Sanitation, dispensaries and jails vaccination Rajputana 1922-1927 - 1922-1927
Year: 1922
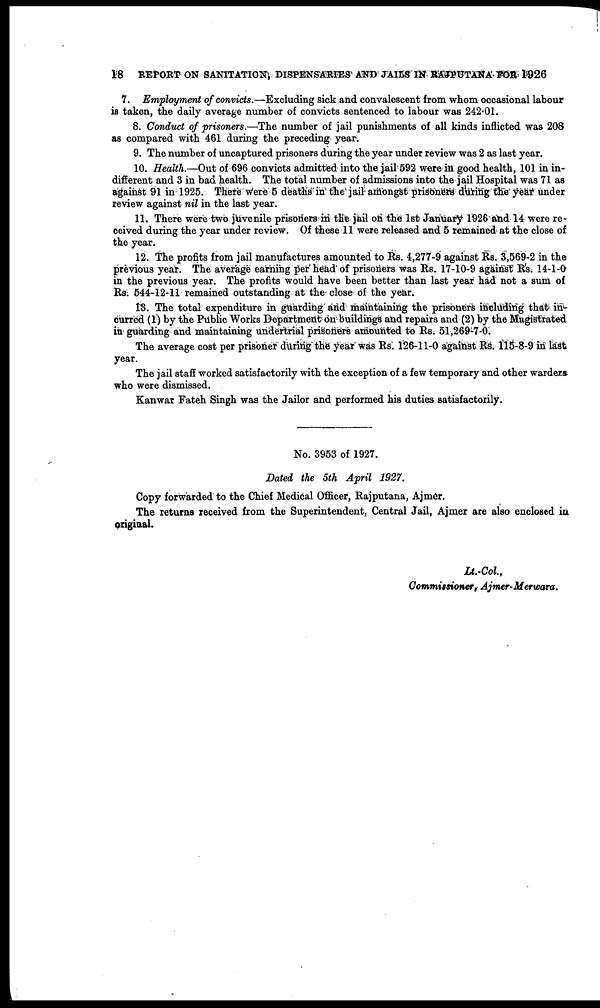
18 REPORT ON SANITATION, DISPENSARIES AND JAILS IN RAJPUTANA FOR 1926
7. Employment of convicts.—Excluding sick and convalescent from whom occasional labour
is taken, the daily average number of convicts sentenced to labour was 242.01.
8. Conduct of prisoners.—The number of jail punishments of all kinds inflicted was 208
as compared with 461 during the preceding year.
9. The number of uncaptured prisoners during the year under review was 2 as last year.
10. Health.—Out of 696 convicts admitted into the jail 592 were in good health, 101 in in-
different and 3 in bad health. The total number of admissions into the jail Hospital was 71 as
against 91 in 1925. There were 5 deaths in the jail amongst prisoners during the year under
review against nil in the last year.
11. There were two juvenile prisoners in the jail on the 1st January 1926 and 14 were re-
ceived during the year under review. Of these 11 were released and 5 remained at the close of
the year.
12. The profits from jail manufactures amounted to Rs. 4,277-9 against Rs. 3,569-2 in the
previous year. The average earning per head of prisoners was Rs. 17-10-9 against Rs. 14-1-0
in the previous year. The profits would have been better than last year had not a sum of
Rs. 544-12-11 remained outstanding at the close of the year.
13. The total expenditure in guarding and maintaining the prisoners including that in
curred (1) by the Public Works Department on buildings and repairs and (2) by the Magistrated
in guarding and maintaining undertrial prisoners amounted to Rs. 51,269-7-0.
The average cost per prisoner during the year was Rs. 126-11-0 against Rs. 115-8-9 in last
year.
The jail staff worked satisfactorily with the exception of a few temporary and other warders
who were dismissed.
Kanwar Fateh Singh was the Jailor and performed his duties satisfactorily.
No. 3953 of 1927.
Dated the 5th April 1927.
Copy forwarded to the Chief Medical Officer, Rajputana, Ajmer.
The returns received from the Superintendent, Central Jail, Ajmer are also enclosed in
Original.
Lt.-Col.,
Commissioner, Ajmer-Merwara.